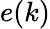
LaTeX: e(k)